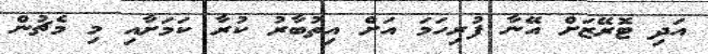
އަދި ޓޮރޭޒަށް އޭނާ ފުރިހަމަ އަށް އިތުބާރު ކުރާ ކަމަށާއި މި މެޗުން